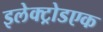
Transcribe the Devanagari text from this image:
इलेक्ट्रोडएक